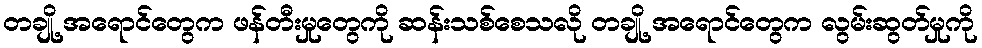
တချို့ အရောင်တွေက ဖန်တီးမှုတွေကို ဆန်းသစ်စေသလို တချို့ အရောင်တွေက လွမ်းဆွတ်မှုကို